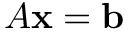
A \mathbf { x } = \mathbf { b }